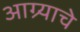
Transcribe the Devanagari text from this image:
आग्र्याचे